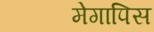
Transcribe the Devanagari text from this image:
मेगापिस